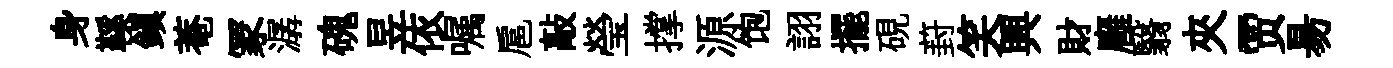
身鞵鎭菴冡潺磈昱依嘱扈敲瑩撑源饱詡擺硯葑笑興財廱翳夾贾昜